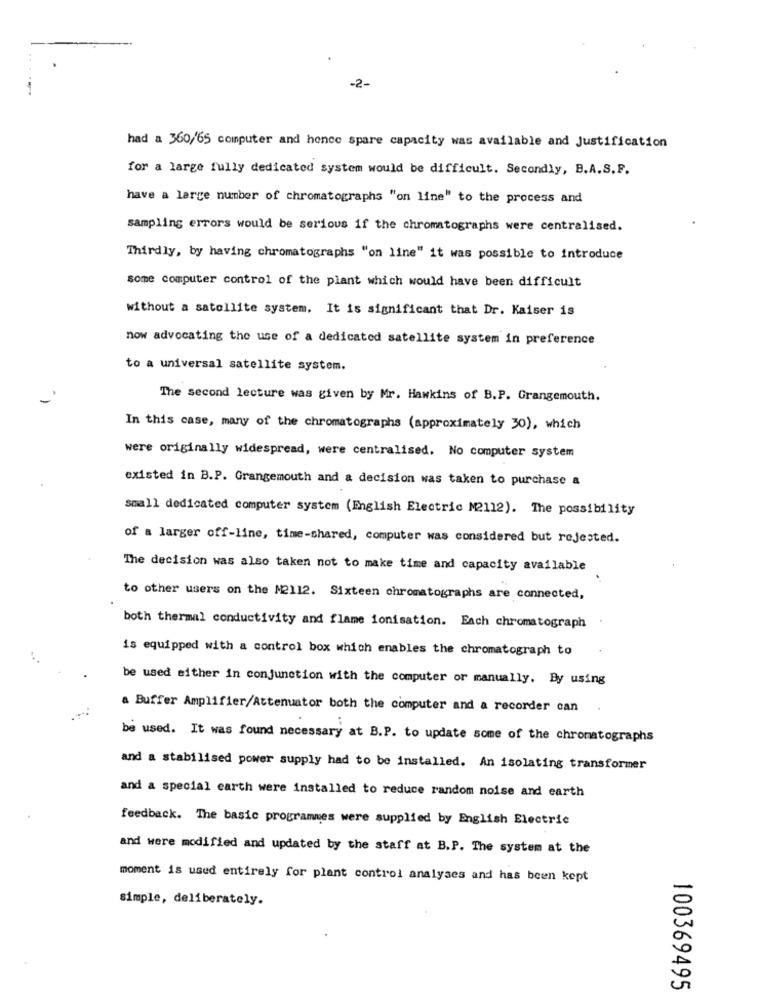
-2-
had a 360/65 computer and hence spare capacity was available and Justification
for a large fully dedicated system would be difficult. Secondly, B.A.S.F.
have a large number of chromatographs "on line" to the process and
sampling errors would be serious if the chromatographs were centralised.
Thirdly, by having chromatographs "on line" it was possible to introduce
some computer control of the plant which would have been difficult
without a satellite system. It is significant that Dr. Kaiser is
now advocating the use of a dedicated satellite system in preference
to a universal satellite system.
The second lecture was given by Mr. Hawkins of B.P. Grangemouth.
In this case, many of the chromatographs (approximately 30), which
were originally widespread, were centralised. No computer system
existed in B.P. Grangemouth and a decision was taken to purchase a
small dedicated computer system (English Electric M2112). The possibility
of a larger off-line, time-shared, computer was considered but rejested.
The decision was also taken not to make time and capacity available
to other users on the M2112. Sixteen chromatographs are connected,
both thermal conductivity and flame ionisation. Each chromatograph
is equipped with a control box which enables the chromatograph to
be used either in conjunction with the computer or manually. By using
a Buffer Amplifier/Attenuator both the computer and a recorder can
be used. It was found necessary at B.P. to update some of the chromatographs
and a stabilised power supply had to be installed. An isolating transformer
and a special earth were installed to reduce random noise and earth
feedback. The basic programnes were supplied by English Electric
and were modified and updated by the staff at B.P. The system at the
moment is used entirely for plant control analyses and has been kept
simple, deliberately.
100369495